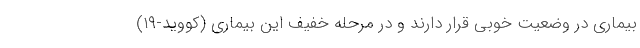
بیماری در وضعیت خوبی قرار دارند و در مرحله خفیف این بیماری (کووید-۱۹)